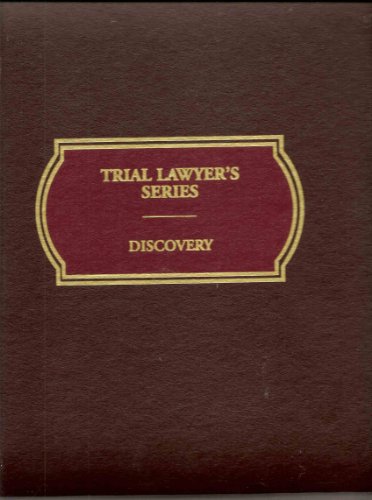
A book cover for Discovery (with CD-ROM) (Trial Lawyer's Series, Volume 6); Law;